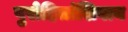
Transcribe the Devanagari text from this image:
पुरोहितांशिवाय